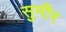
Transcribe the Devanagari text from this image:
सुमीर